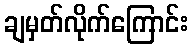
ချမှတ်လိုက်ကြောင်း